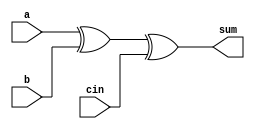
module full_adder_w_delay (
    input a,
    input b,
    input cin,
    output reg sum
);

    always @(*)begin
        #5;
        sum = a^b^cin;
    end
    
endmodule